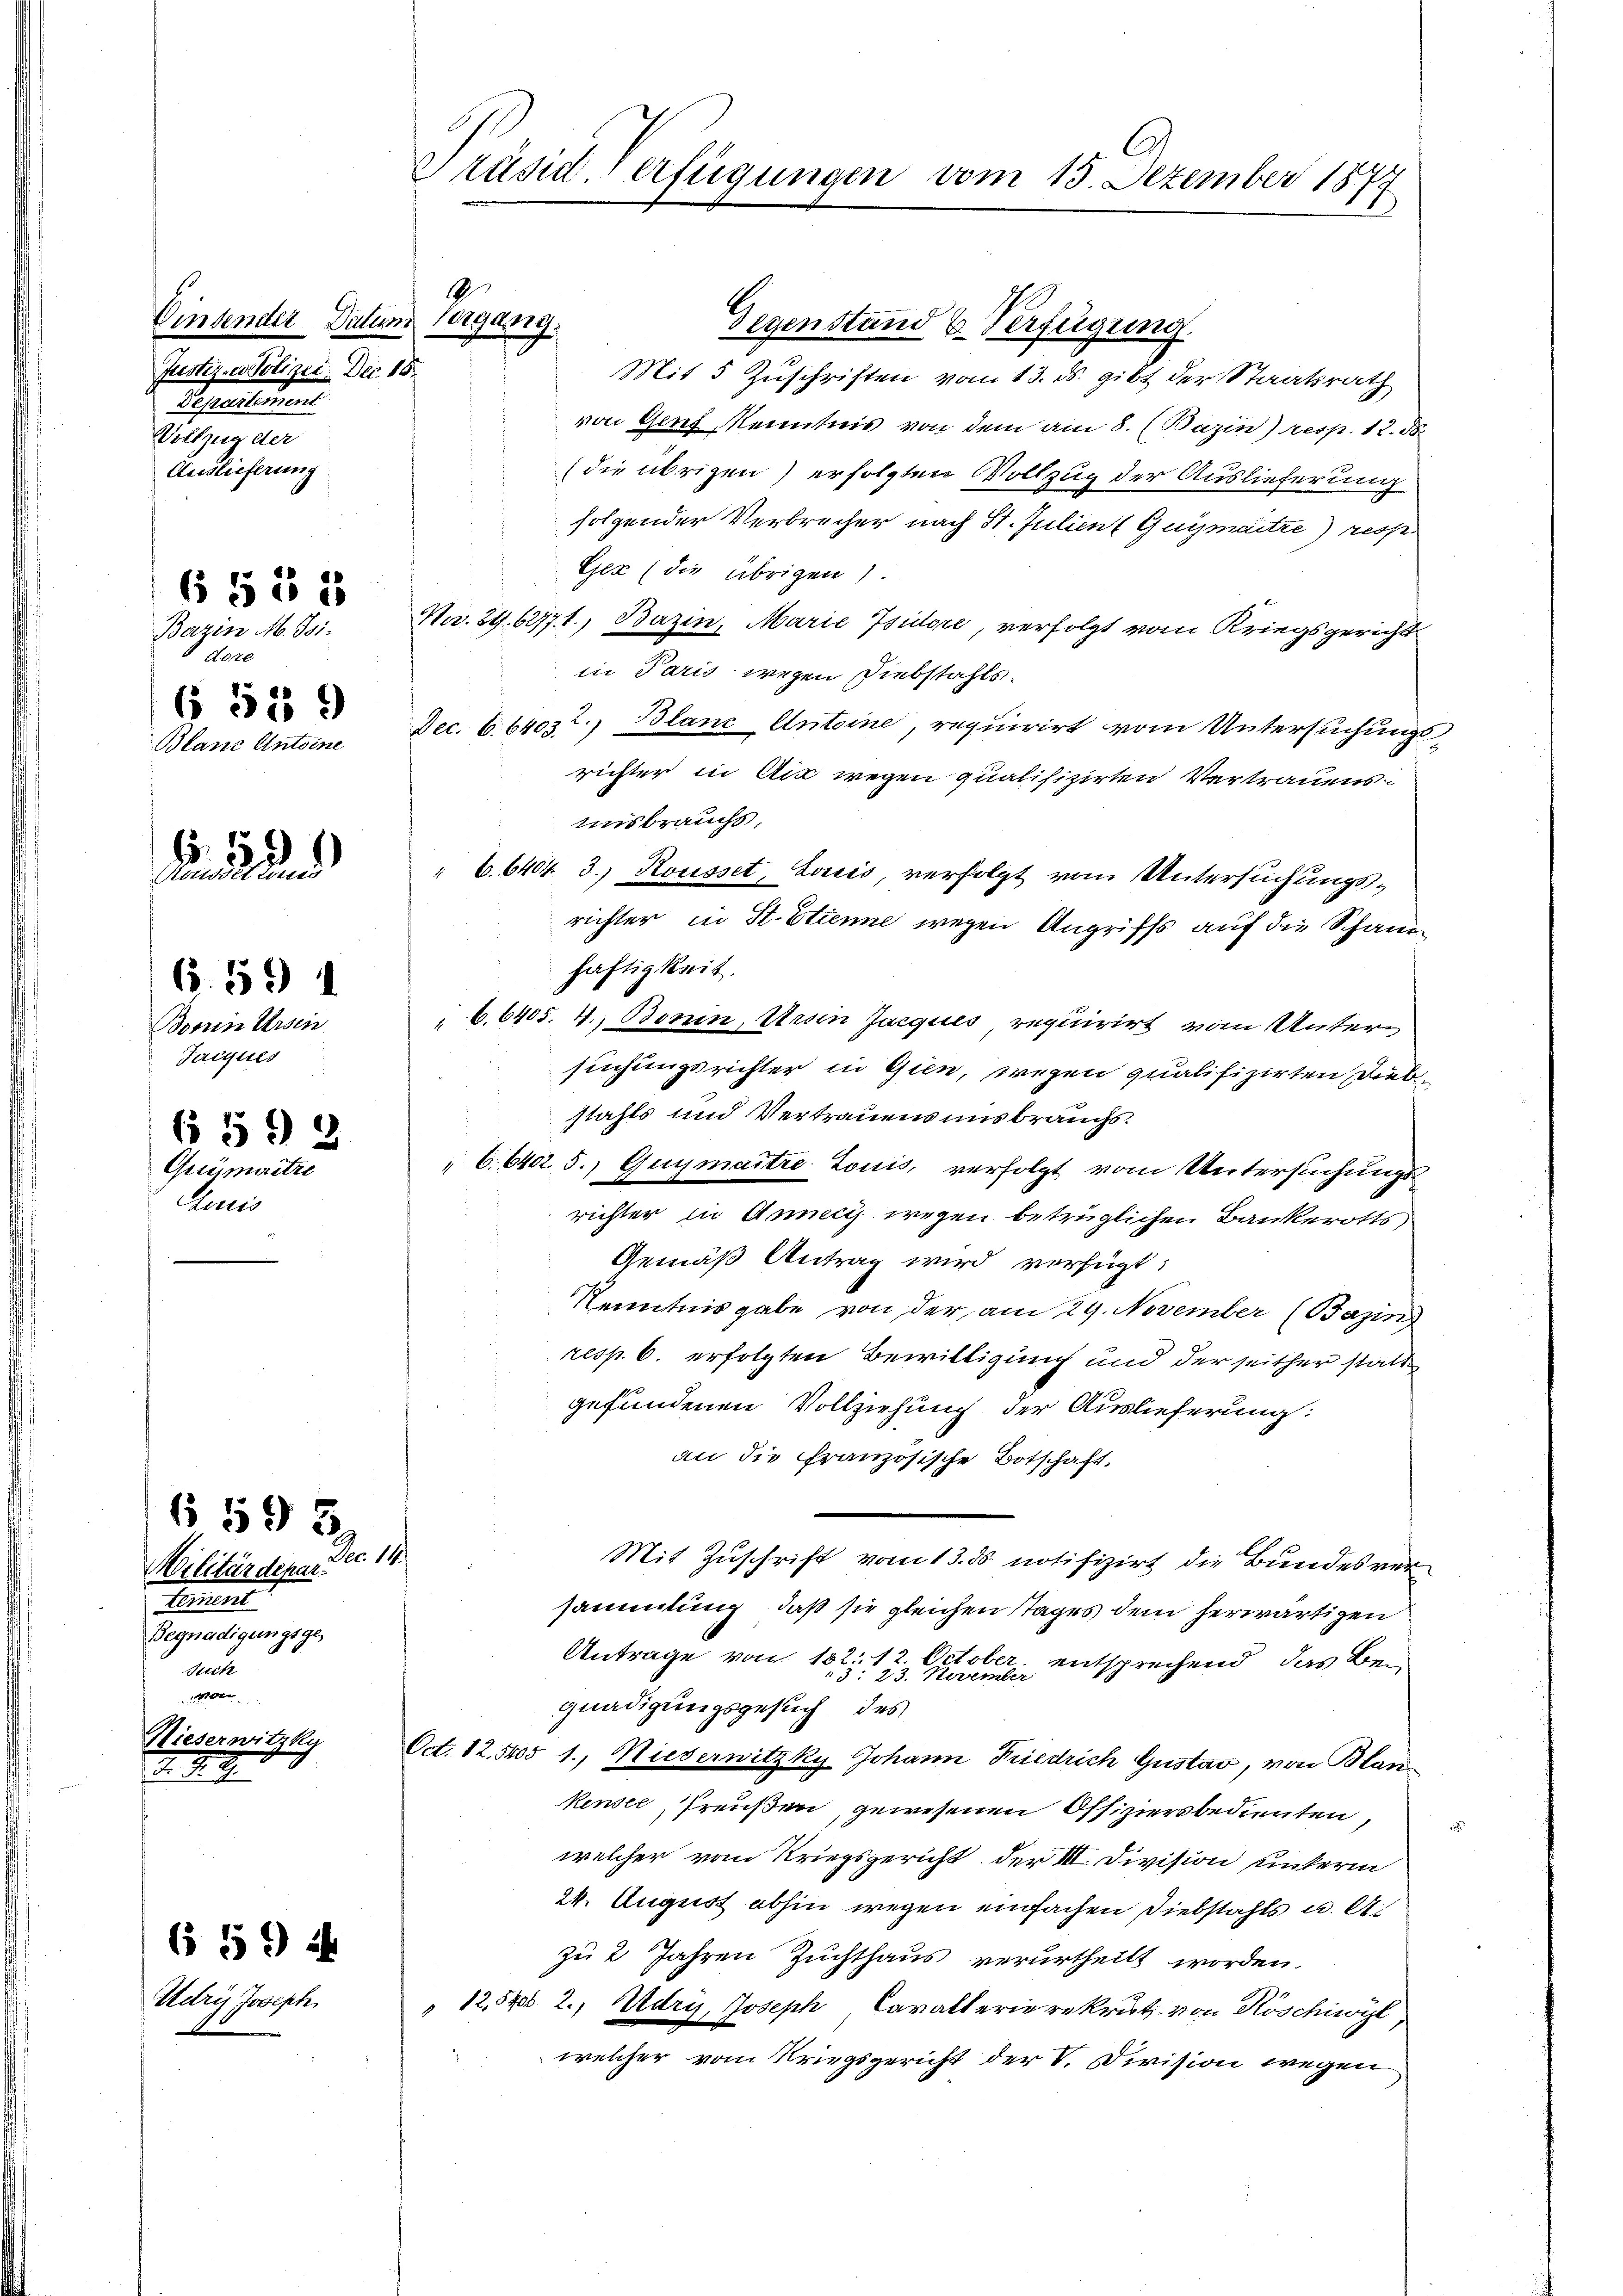
Einsender Datum Vergang.
Justiz, Polizei. Dec. 15.
Departement
Withzug der
Auslieferung

Bazin M. Isidore
 539
Blanz Antoine

6 § 55

Borrin Arsen
Taiques
 5 *) 2
Grymaitre
Louis

Dec. 11.
Militärdepar¬
Cementl
Begnadigungsge¬
Secke
100

.

6.59 1

6595.

22

Udrij Joseph

594

Hieserwitzky

Präsiderfügungen vom 15. Dezember 1877

Gegenstand u. Verfügung.
Mit 5 Zuschriften vom 13. ds. gibt der Staatsrath
von Genf, Kenntnis von dem am 8. (Bazin) resp. 12. 58.
die übrigen) erfolgten Vollzug der Auslieferung
folgender Verbrecher nach St. Julient Guymaitre resp.
Gez (die übrigen.
Nr. 89. 62771., Bazin, Marie Isidore, verfolgt vom Kriegsgerichts
in Paris wegen Diebstahls¬
Dec. b. 64032.) Blanc Anteine, requirirt vom Untersuchungsrichter in Art wegen qualifizirten Vertrauens
misbrauchs,
" 6. 6404. 3. Kousset, Louis, verfolgt vom Untersuchungsrichter in St. Etienne wegen Angriffs auf die Schand
haftigkeit.
6.6405. 4. Bonin, Ursen Jacques, requirirt vom Untersuchungsrichter in Gien, wegen qualifizierten Diebstahls und Vertrauens uns brauchs.
" 6. 640. 5.) Guymaitre-Louis, verfolgt vom Untersuchungs
richter in Anneci wegen betrüglichen Bankerotts
Gemäß Antrag wird verfügt:
Kenntnis gabe von der am 29. November (Bazin)
resp. 6. erfolgten Bewilligung und der seither statt
gefundenen Vollziehung der Auslieferung:
an die französische Botschaft.
Mit Zuschrift vom 13. ds notifizirt die Bundesversammlung, daß sie gleichen Tages dem herwärtigen
Antrage von 132: 12. October
: 23. Neuen entsprechend, das Begnadigungsgesuch des
Oct. 12. 505 1., Niedernitzky Johann Friedrich Gustav, von Blan
kensee freußen, gewesenen Offiziersbedienten,
welcher vom Kriegsgericht der III. Division unterm
24. August abhin wegen einfachen Diebstahls u. A
zu 2 Jahren Zuchthaus verurtheilt worden.
"12,520 2., Adry, Joseph Carakterierekrust von Köschiwyl
welcher vom Kriegsgericht der V. Division wegen

9